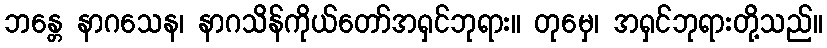
ဘန္တေ နာဂသေန၊ နာဂသိန်ကိုယ်တော်အရှင်ဘုရား။ တုမှေ၊ အရှင်ဘုရားတို့သည်။